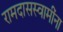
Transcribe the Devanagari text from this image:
रामदासस्वामींना